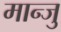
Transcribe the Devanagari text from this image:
मान्जु